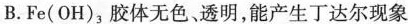
B.Fe(OH)_{3}胶体无色、透明，能产生丁达尔现象